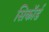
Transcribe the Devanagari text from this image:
सिकॉर्ड